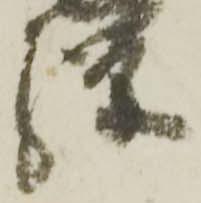
騨